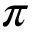
\pi